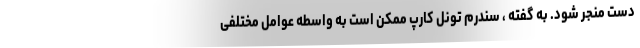
دست منجر شود. به گفته ، سندرم تونل کارپ ممکن است به واسطه عوامل مختلفی